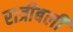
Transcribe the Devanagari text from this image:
रात्रीबली